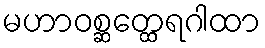
မဟာဝစ္ဆတ္ထေရဂါထာ